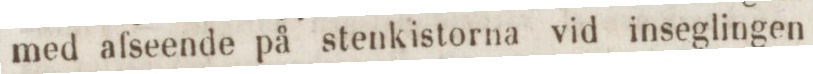
med afseende på stenkistorna vid inseglingen